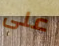
على